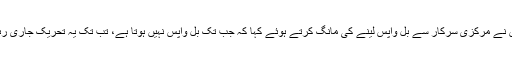
عورتوں نے مرکزی سرکار سے بل واپس لینے کی مانگ کرتے ہوئے کہا کہ جب تک بل واپس نہیں ہوتا ہے، تب تک یہ تحریک جاری رہے گی۔